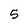
Character: 5